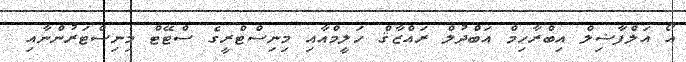
އޯ އަލްފާޟިލް އިބްރާހިމް އަބްދުލް ރައްޒާޤް ހަލީމްއާއި މިނިސްޓްރީގެ ސްޓޭޓް މިނިސްޓަރުންނާއި